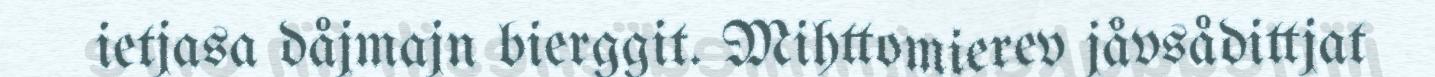
ietjasa dåjmajn bierggit. Mihttomierev jåvsådittjat